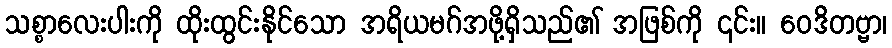
သစ္စာလေးပါးကို ထိုးထွင်းနိုင်သော အရိယမဂ်အဖို့ရှိသည်၏ အဖြစ်ကို ၎င်း။ ဝေဒိတဗ္ဗာ၊